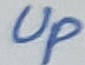
Text: Up